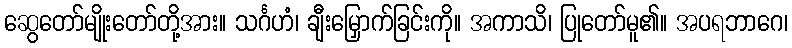
ဆွေတော်မျိုးတော်တို့အား။ သင်္ဂဟံ၊ ချီးမြှောက်ခြင်းကို။ အကာသိ၊ ပြုတော်မူ၏။ အပရဘာဂေ၊